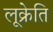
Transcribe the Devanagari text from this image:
लूक्रेति